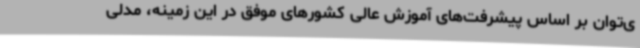
ی‌توان بر اساس پیشرفت‌های آموزش عالی کشورهای موفق در این زمینه، مدلی